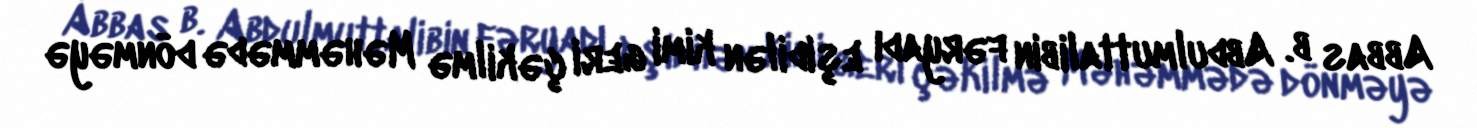
Abbas b. Abdulmuttalibin fəryadı eşidilən kimi geri çəkilmə Məhəmmədə dönməyə